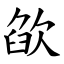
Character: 欿